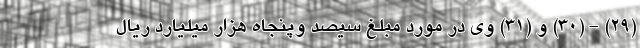
(۲۹) - (۳۰) و (۳۱) وی در مورد مبلغ سیصد وپنجاه هزار میلیارد ریال